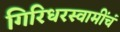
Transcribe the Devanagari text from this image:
गिरिधरस्वामींचं